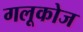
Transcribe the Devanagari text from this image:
गलूकोज